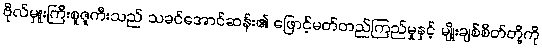
ဗိုလ်မှူးကြီးစူဇူကီးသည် သခင်အောင်ဆန်း၏ ဖြောင့်မတ်တည်ကြည်မှုနှင့် မျိုးချစ်စိတ်တို့ကို